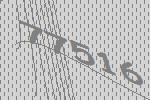
77516